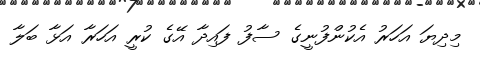
މިދިޔަ އަހަރު އެކުންފުނީގެ ސާފު ފައިދާ އޭގެ ކުރީ އަހަރާ އަޅާ ބަލާ